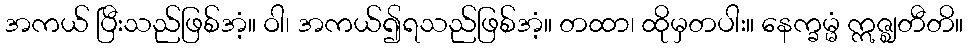
အကယ် ပြီးသည်ဖြစ်အံ့။ ဝါ၊ အကယ်၍ရသည်ဖြစ်အံ့။ တထာ၊ ထိုမှတပါး။ နေက္ခမ္မံ ဣဇ္ဈတီတိ။